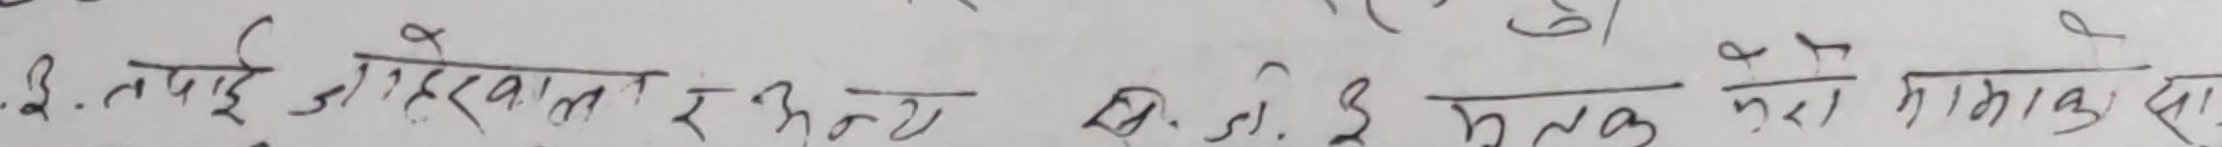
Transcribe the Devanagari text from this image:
१. तपाई जे रेखामै रहन  बी. डी. ए. मुलक ले म्याक को सा